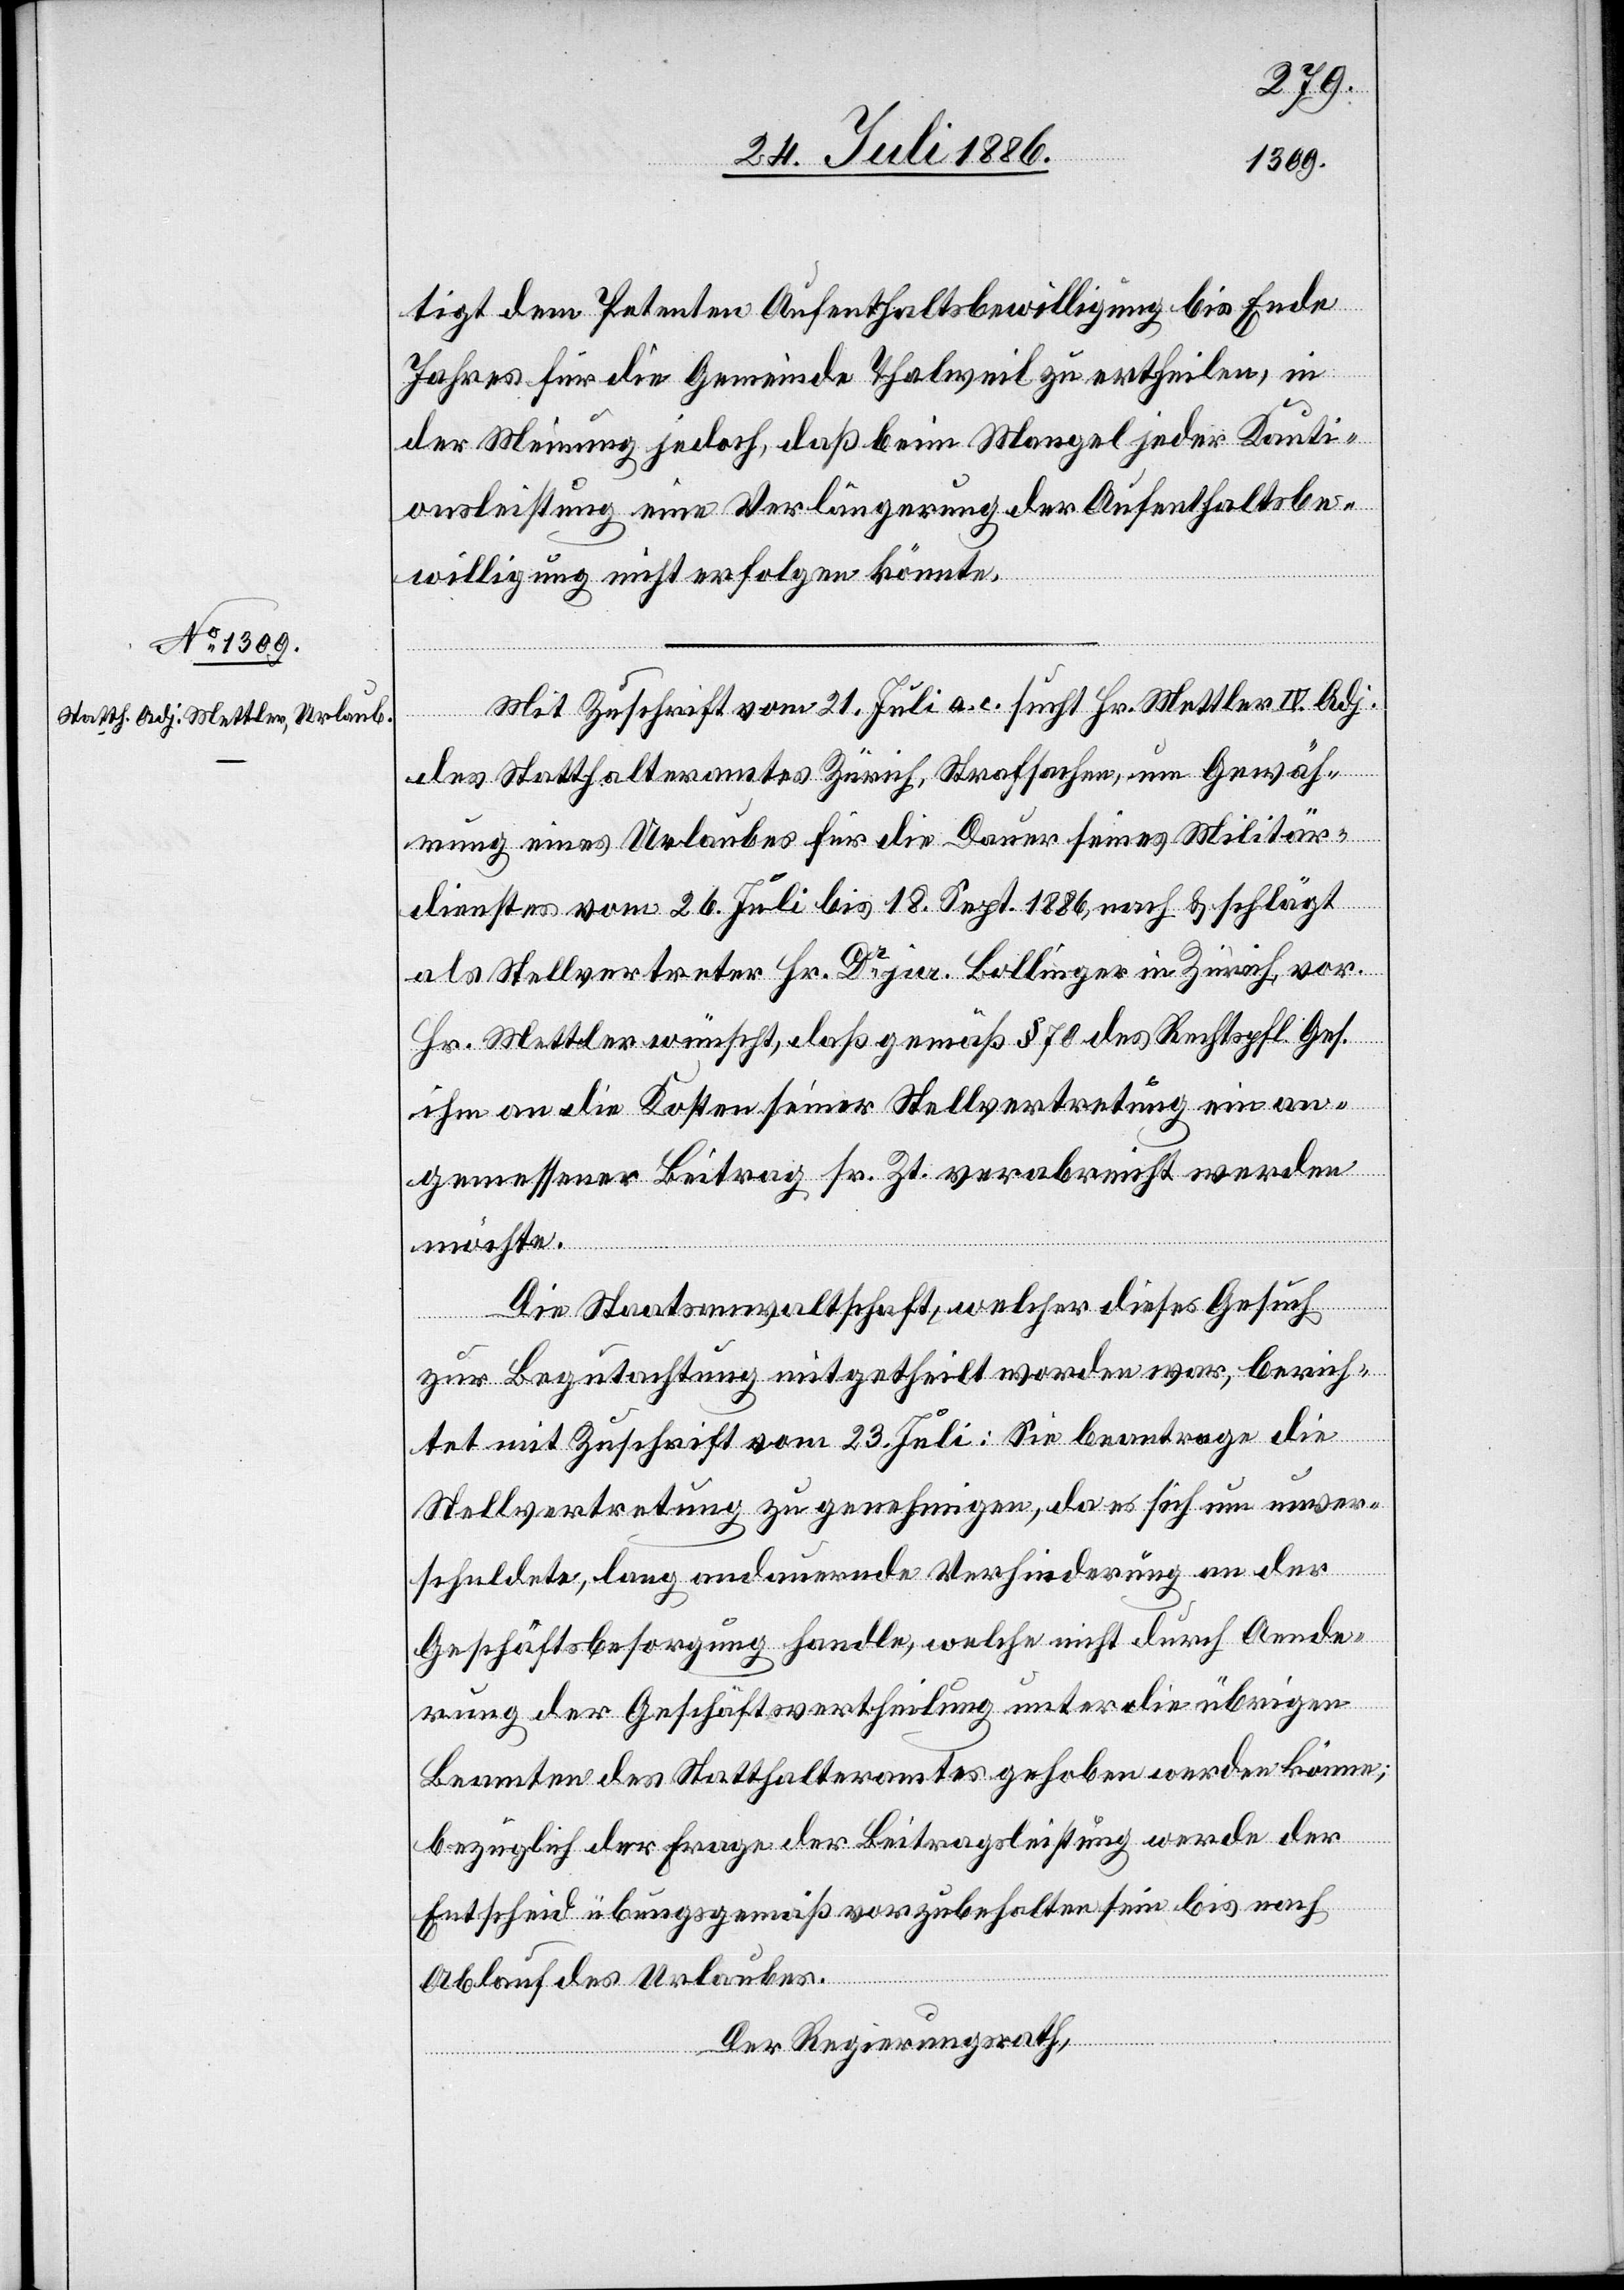
tigt dem Petenten Aufenthaltsbewilligung bis Ende
Jahres für die Gemeinde Thalweil zu ertheilen, in
der Meinung jedoch, daß beim Mangel jeder Kauti¬
onsleitung eine Verlängerung der Aufenthaltsbe¬
willigung nicht erfolgen könnte.
Mit Zuschrift vom 21. Juli a. c. sucht Hr. Mettler IV. Adj.
des Statthalteramtes Zürich, Strafsachen, um Gewäh¬
rung eines Urlaubes für die Dauer seines Militär¬
dienstes vom 26. Juli bis 18. Sept. 1886, nach & schlägt
als Stellvertreter Hr. Dr jur. Bollinger in Zürich, vor.
Hr. Mettler wünscht, daß gemäß § 70 des Rechtspfl. Ges.
ihm an die Kosten seiner Stellvertretung ein an¬
gemessener Beitrag sr. Zt. verabreicht werden
möchte.
Die Staatsanwaltschaft, welcher dieses Gesuch
zur Begutachtung mitgeheilt worden war, berich¬
tet mit Zuschrift vom 23. Juli: Sie beantrage die
Stellvertretung zu genehmigen, da es sich um unver¬
schuldete, lang andauernde Verhinderung an der
Geschäftsbesorgung handle, welche nicht durch Aende¬
rung der Geschäftsvertheilung unter die übrigen
Beamten des Statthalteramtes gehoben werden könne;
bezüglich der Frage der Beitragsleistung werde der
Entscheid übungsgemäß vorzubehalten sein bis nach
Ablauf des Urlaubes.
Der Regierungsrath,